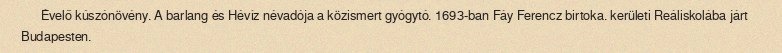
Évelő kúszónövény. A barlang és Hévíz névadója a közismert gyógytó. 1693-ban Fáy Ferencz birtoka. kerületi Reáliskolába járt Budapesten.